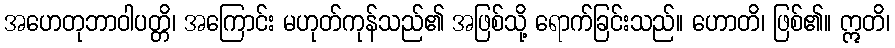
အဟေတုဘာဝါပတ္တိ၊ အကြောင်း မဟုတ်ကုန်သည်၏ အဖြစ်သို့ ရောက်ခြင်းသည်။ ဟောတိ၊ ဖြစ်၏။ ဣတိ၊